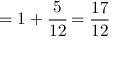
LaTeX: = 1 + { \cfrac { 5 } { 1 2 } } = { \frac { 1 7 } { 1 2 } }